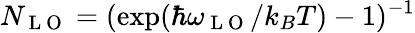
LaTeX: N_{\mathrm{~L~O~}}=(\exp(\hbar\omega_{\mathrm{~L~O~}}/k_{B}T)-1)^{-1}